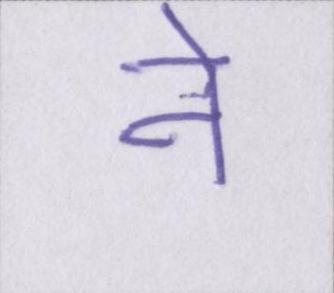
ने